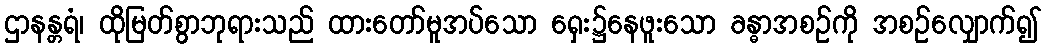
ဌာနန္တရံ၊ ထိုမြတ်စွာဘုရားသည် ထားတော်မူအပ်သော ရှေး၌နေဖူးသော ခန္ဓာအစဉ်ကို အစဉ်လျှောက်၍